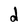
Character: d